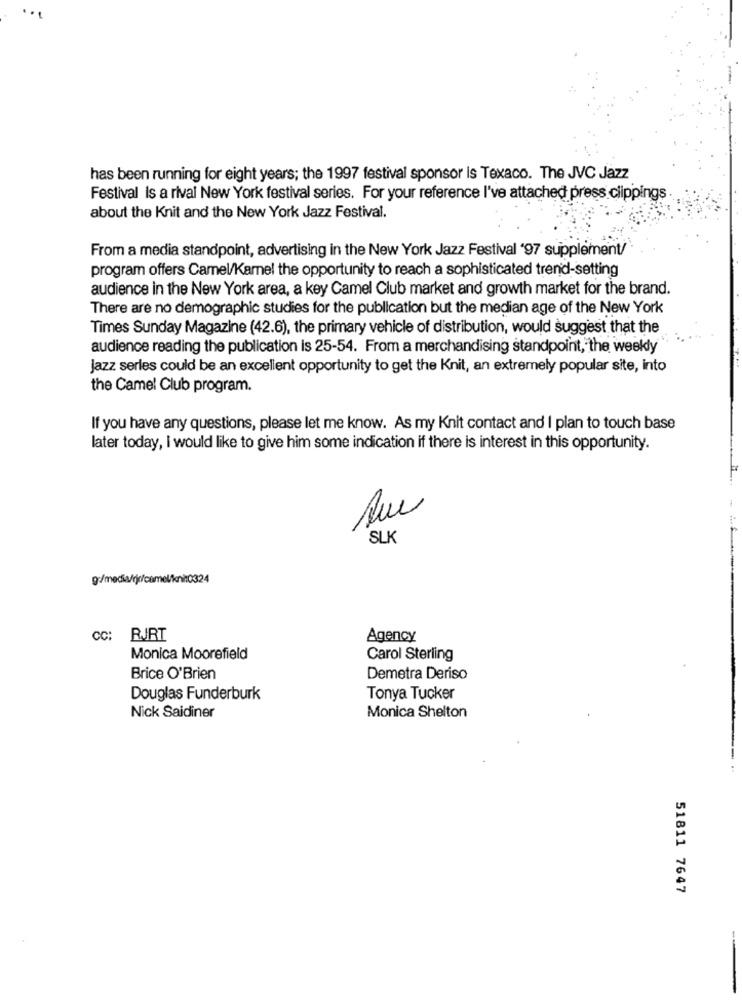
has been running for eight years; the 1997 festival sponsor is Texaco. The JVC Jazz
Festival Is a rival New York festival series. For your reference I've attached press clippings
about the Knit and the New York Jazz Festival.
From a media standpoint, advertising in the New York Jazz Festival '97 supplement/
program offers Camel/Karel the opportunity to reach a sophisticated trend-setting
audience in the New York area, a key Camel Club market and growth market for the brand.
There are no demographic studies for the publication but the median age of the New York
Times Sunday Magazine (42.6), the primary vehicle of distribution, would suggest that the
audience reading the publication is 25-54. From a merchandising standpoint, the weekly
Jazz serles could be an excellent opportunity to get the Knit, an extremely popular site, into
the Camel Club program.
If you have any questions, please let me know. As my Knit contact and I plan to touch base
later today, I would like to give him some indication if there is interest in this opportunity.
SLK
g:/media/rjr/camel/knit0324
CC:
RJRT
Agency
Monica Moorefield
Carol Sterling
Brice O'Brien
Demetra Deriso
Douglas Funderburk
Tonya Tucker
Nick Saidiner
Monica Shelton
51811 7647